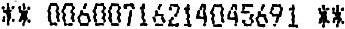
** 00600716214045691 **